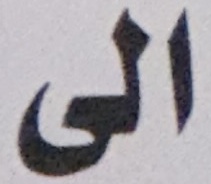
الى